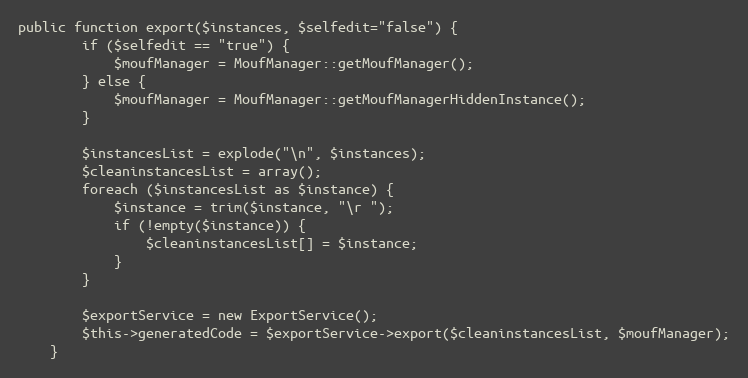
Language: PHP
public function export($instances, $selfedit="false") {
		if ($selfedit == "true") {
			$moufManager = MoufManager::getMoufManager();
		} else {
			$moufManager = MoufManager::getMoufManagerHiddenInstance();
		}

		$instancesList = explode("\n", $instances);
		$cleaninstancesList = array();
		foreach ($instancesList as $instance) {
			$instance = trim($instance, "\r ");
			if (!empty($instance)) {
				$cleaninstancesList[] = $instance;
			}
		}

		$exportService = new ExportService();
		$this->generatedCode = $exportService->export($cleaninstancesList, $moufManager);
	}